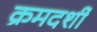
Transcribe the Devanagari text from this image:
क्रमदर्शी